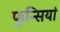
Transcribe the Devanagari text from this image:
फुन्सियां